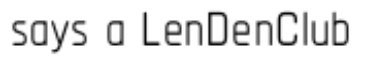
says a LenDenClub